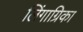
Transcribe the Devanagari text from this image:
लिंगाग्रिका